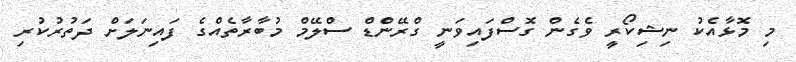
މި މޮޅާއެކު ނިޝިކޯރީ ވެގެން ގޮސްފައިވަނީ ގްރޭންޑް ސްލޭމް މުބާރާތެއްގެ ފައިނަލަށް ދަތުރުކުރި